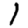
Digit: 1